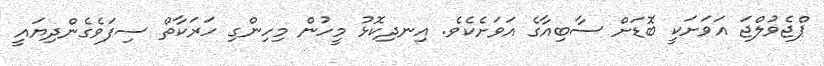
ޕްޖެވުލްޖަ އަވަށަކީ ބޮޑަށް ސާބިއާގެ އަވަށެކެވެ. އިނދިކޮޅު މީހުން މިހިންގި ހަރަކާތް ސިފަވެގެންދިޔައީ